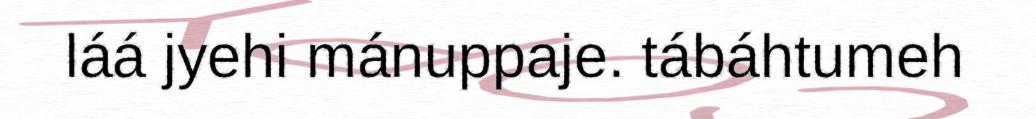
láá jyehi mánuppaje. tábáhtumeh